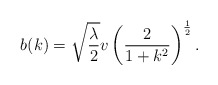
\begin{align*}b(k) = \sqrt{\frac{\lambda}{2}} v \left( \frac{2}{1 + k^2} \right)^{\frac{1}{2}}.\end{align*}